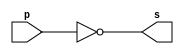
// --------------------------------
// Guia 02 - Exercicio 03
// Porta NOT_NAND
// Nome: Marco Antonio Maciel Belo
// --------------------------------

// --------------------------------
// -- NAND
// --------------------------------

module nandgate (s, p);
 output s;
 input  p;

 assign s = ~(p | p);

endmodule // fim do module

// --------------------------------
// -- NOT_NAND
// --------------------------------

module notgate (s, p);
 output s;
 input  p;
 
 nandgate not1(s, p);

endmodule // fim do module

// ---------------------
// -- TEST NOT_NAND
// ---------------------

module testNOT_NAND;
 reg   a;
 wire  s;

 // instancia
 notgate NOT1(s, a);
 
 initial begin
 	a = 0; 
 end
 
 // parte principal
 initial begin
      $display("Guia 02 - Exercicio 3");
		$display("\nMarco Antonio M. Belo - 410796");
      $display("\nTest NOT_NAND gate");
      $display("\n ~a = s\n");
		$monitor(" ~%b = %b", a,s);
		
		#1 a = 1;
end

endmodule // fim do module